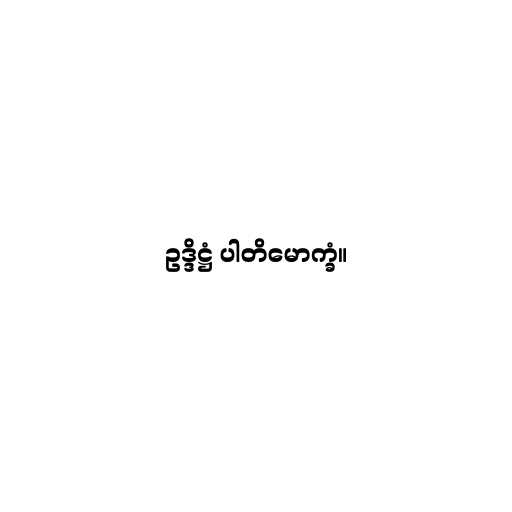
ဥဒ္ဒိဋ္ဌံ ပါတိမောက္ခံ။